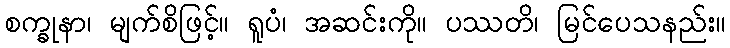
စက္ခုနာ၊ မျက်စိဖြင့်။ ရူပံ၊ အဆင်းကို။ ပဿတိ၊ မြင်ပေသနည်း။